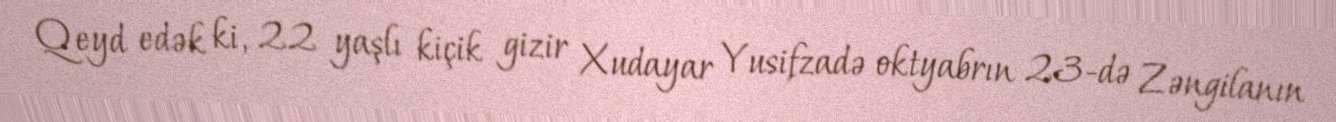
Qeyd edək ki, 22 yaşlı kiçik gizir Xudayar Yusifzadə oktyabrın 23-də Zəngilanın